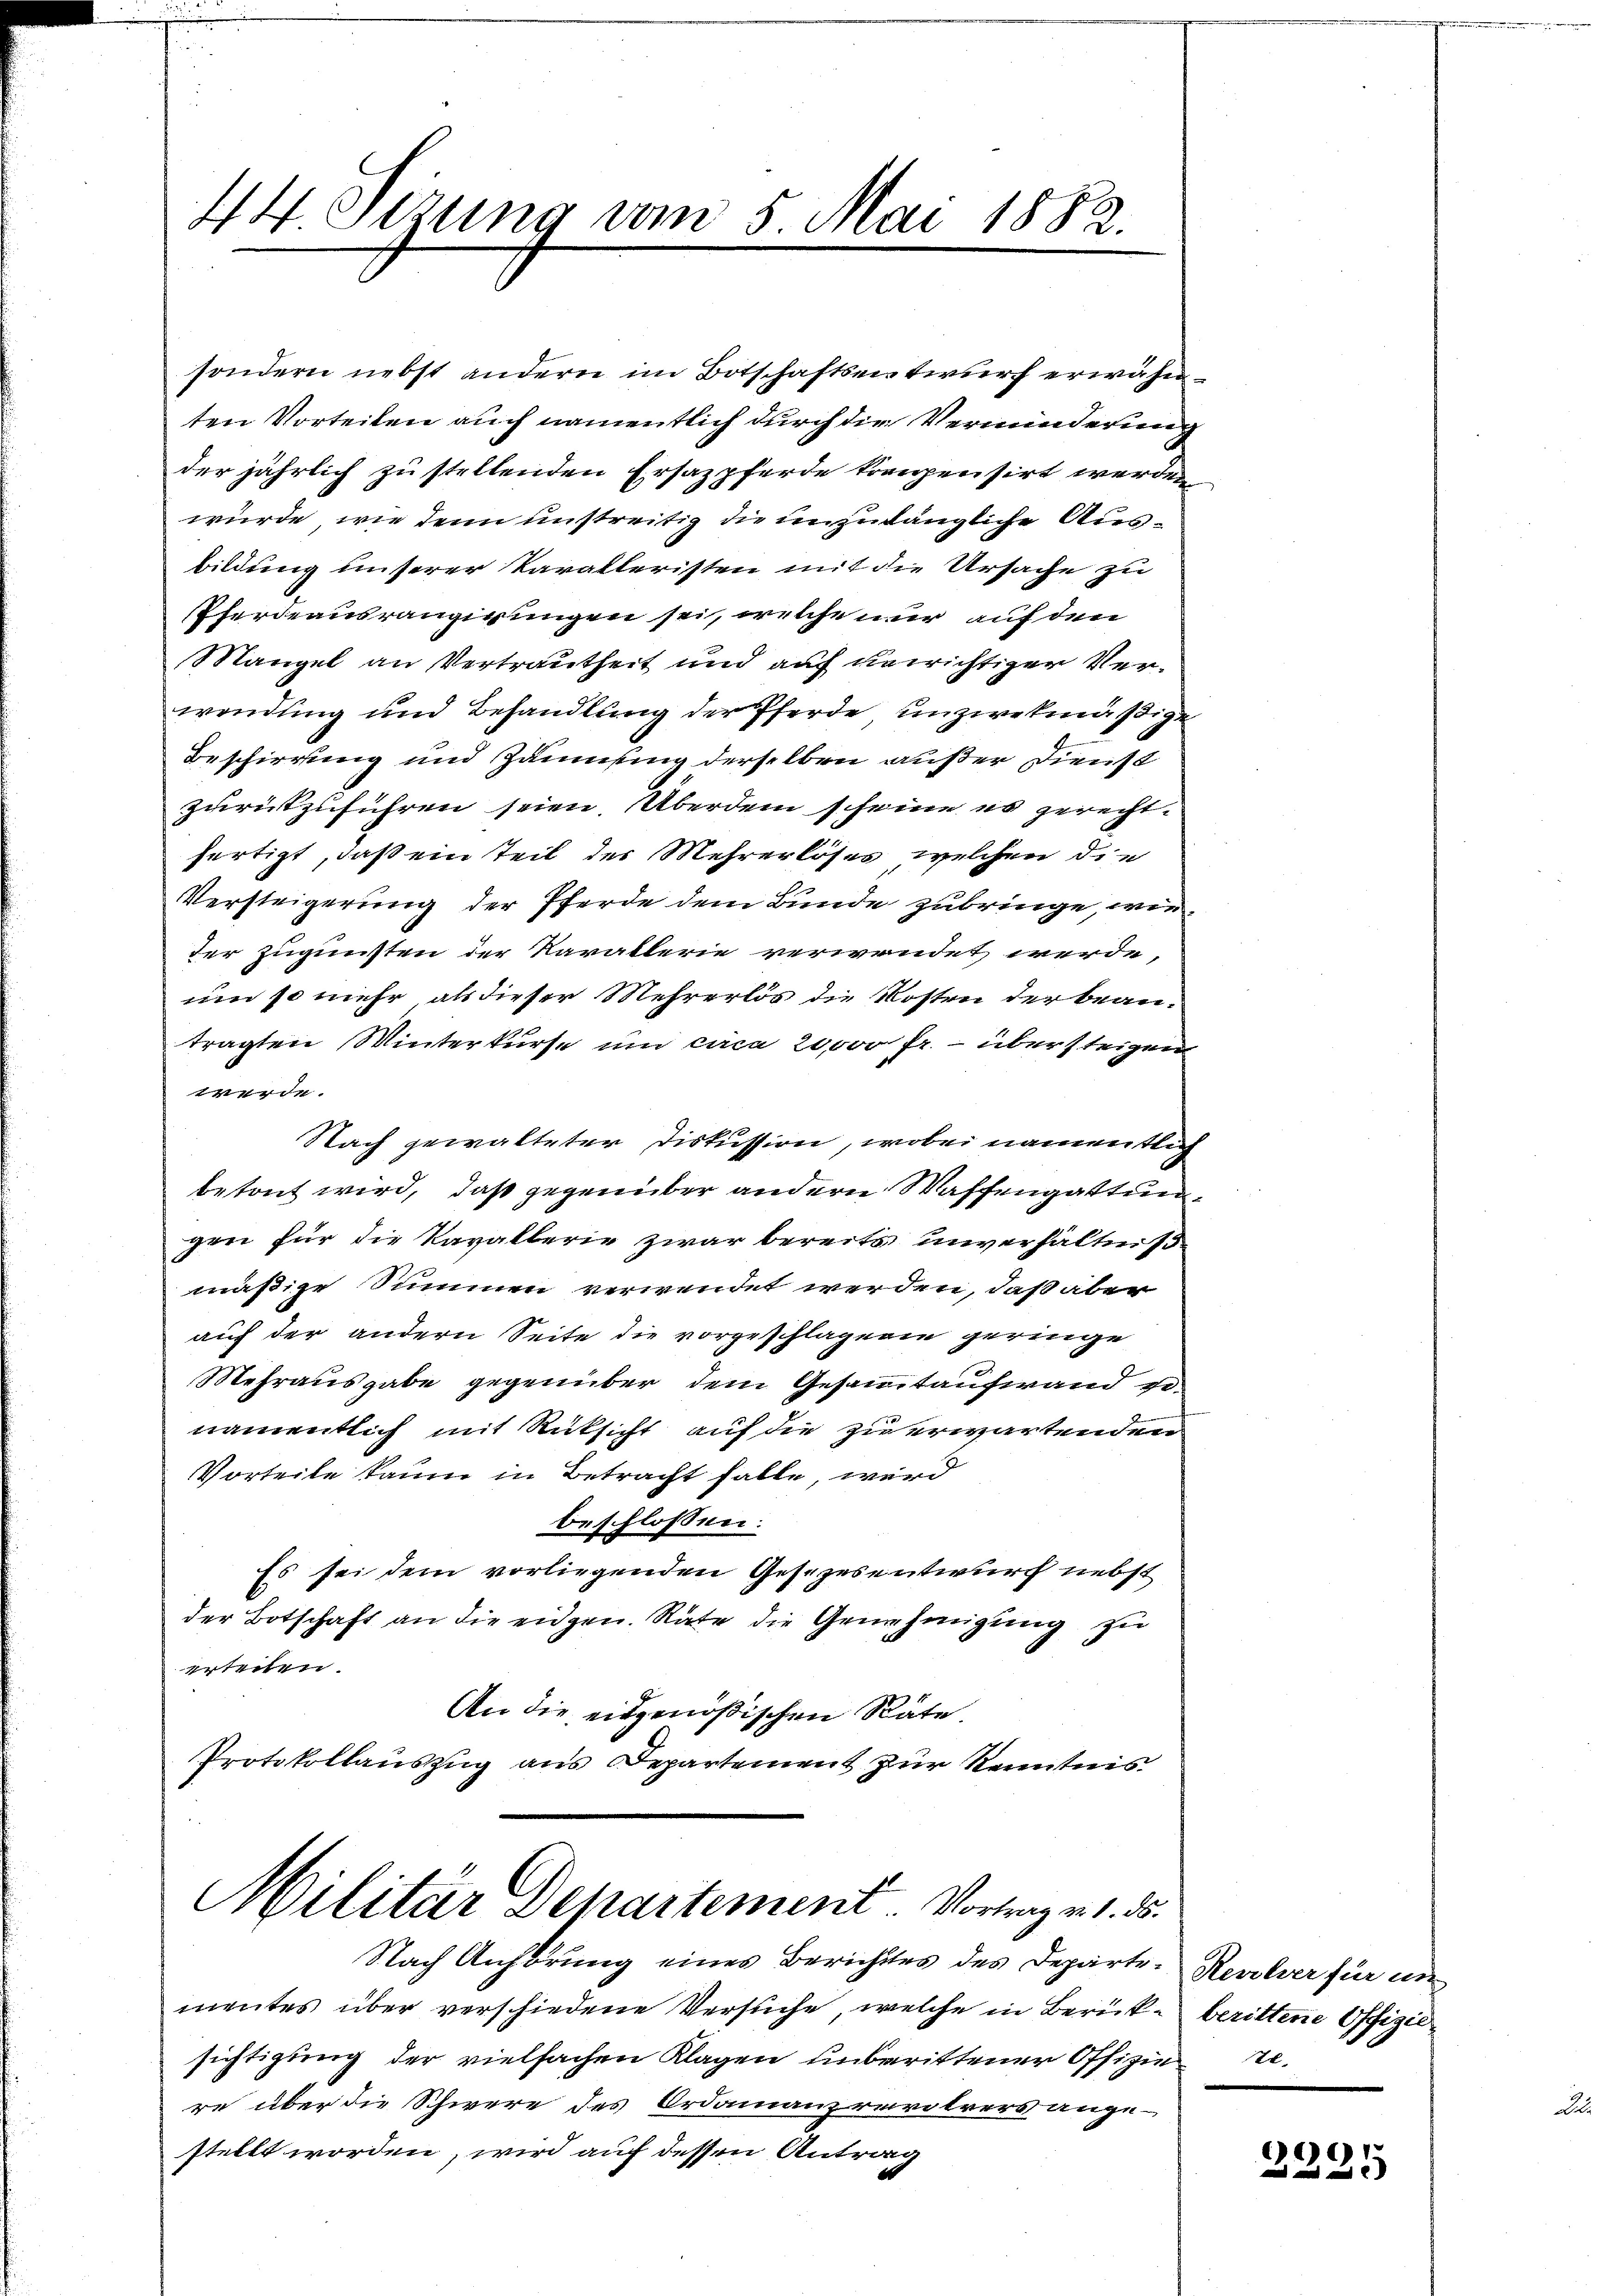
44. Sitzung vom 5. Mai 1882.

sondern nebst andern im Botschaftsentwurf erwähn
ten Vorteilen auch namentlich durch die Verminderung
der jährlich zu stellenden Ersazpferde krampensirt werden
würde, wie denn unstreitig die unzulängliche Ausbildung unserer Paralleristen mit die Ursache zu
Pferdeausrangirungen sei, welche nur auf den
Mangel an Vertrautheit und auf verrichtiger Verwendung und Behandlung der Pferde unzwekmäßige
Beschirrung und Zäunung derselben außer Dienst
zurückzuführen seien. Überdem scheine es gerechtfertigt, daß ein Teil der Mehrerlöses, welchen die
Versteigerung der Pferde dem Bunde zubringe, wie
der Zugunsten der Kavallerie verwendet werde,
um so mehr als dieser Mehrerlös die Kosten der beantragten Winterkurse und circa 20,000 fr. - übersteigen
werde.
Nach gewalteter Diskussion, wobei namentlic
betont wird, daß gegenüber andern Waffengattun
gen für die Kavallerie zwar bereits unverhältniß
mäßige Summen verwendet werden, daß aber
auf der andern Seite die vorgeschlägere geringe
Mehrausgabe gegenüber dem Gesammtaufwand ge-
namentlich mit Rücksicht auf die zu erwartenden
Vorteile kaum in Betracht falle, wird
beschlossen:
Es sei dem vorliegenden Gesezesentwurf nebst
der Botschaft an die eidgen. Räte die Genehmigung zu
erteilen.
An die eidgenößischen Räte.
Protokollauszug aus Departement zur Kenntnis

Militär Departement Vortrag v. 1. 55.

Nach Anhörung eines Berichtes des Departe-Reulver für un
mentes über verschiedene Versuche, welche in Berücke berittene Offiziesichtigung der vielfachen Klagen unberittener Offiziere
re über die Schwere des Ordinanzrevolrers ange-
stellt worden, wird auf dessen Antrag

6)
  und